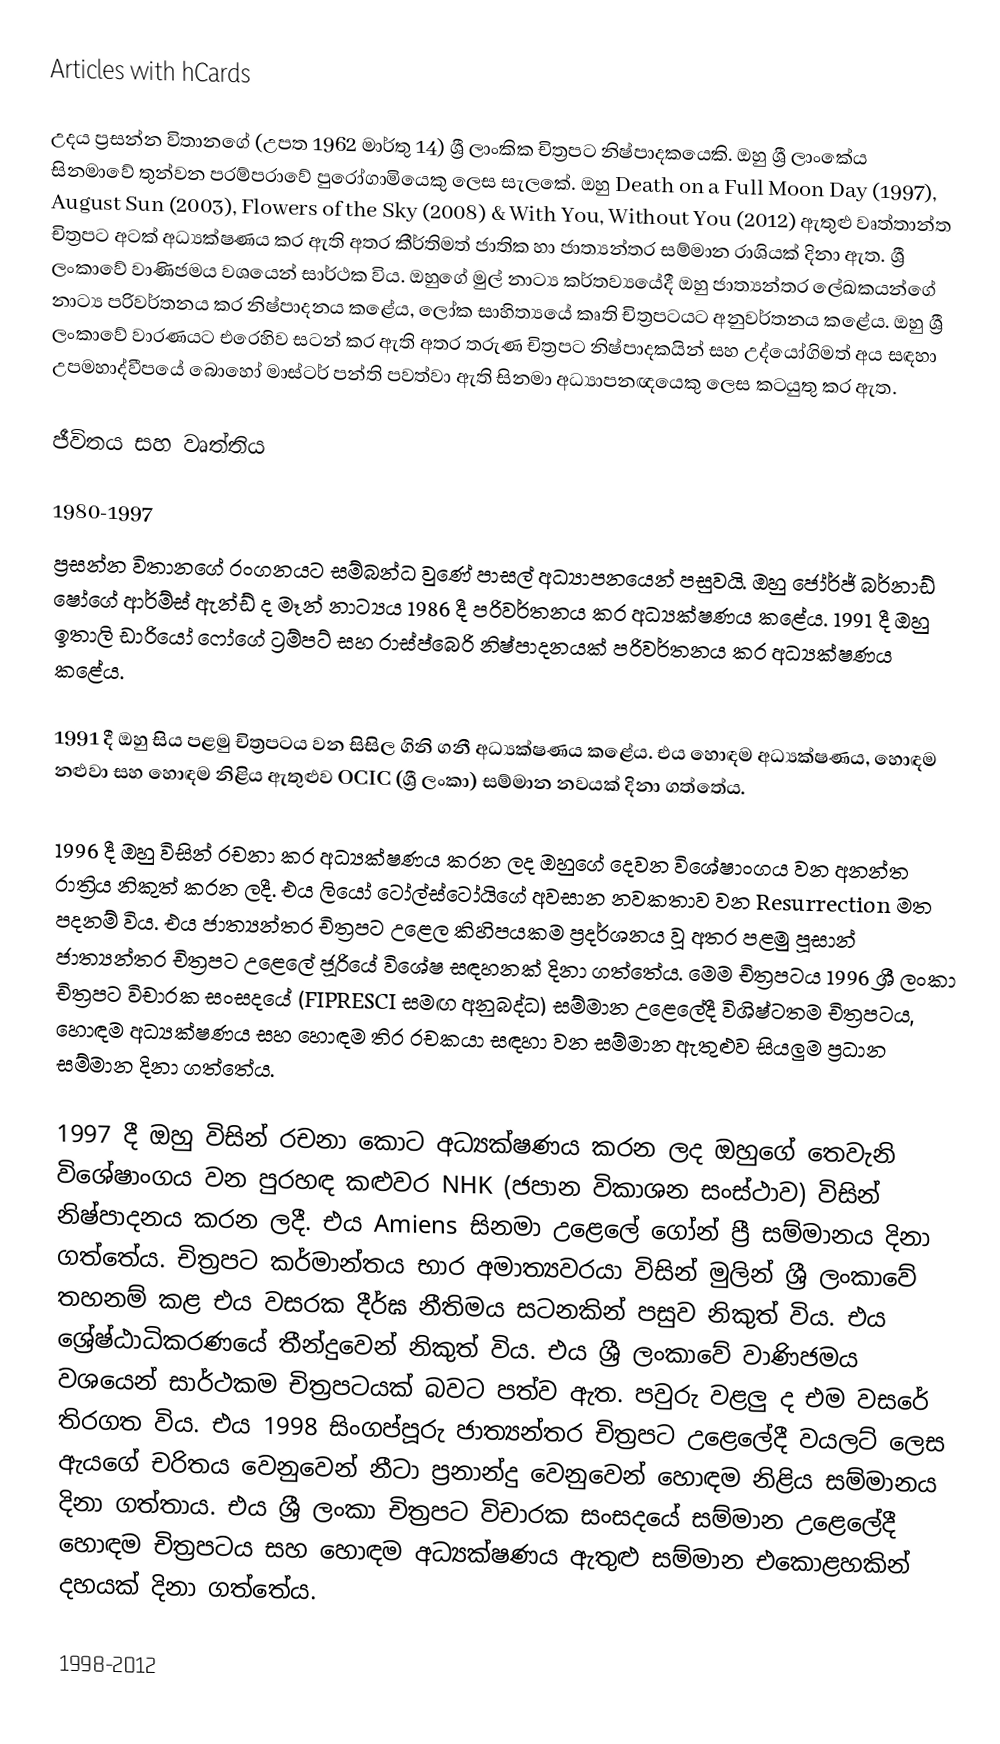
Articles with hCards

උදය ප්‍රසන්න විතානගේ (උපත 1962 මාර්තු 14) ශ්‍රී ලාංකික චිත්‍රපට නිෂ්පාදකයෙකි. ඔහු ශ්‍රී ලාංකේය සිනමාවේ තුන්වන පරම්පරාවේ පුරෝගාමියෙකු ලෙස සැලකේ. ඔහු Death on a Full Moon Day (1997), August Sun (2003), Flowers of the Sky (2008) & With You, Without You (2012) ඇතුළු වෘත්තාන්ත චිත්‍රපට අටක් අධ්‍යක්ෂණය කර ඇති අතර කීර්තිමත් ජාතික හා ජාත්‍යන්තර සම්මාන රාශියක් දිනා ඇත. ශ්‍රී ලංකාවේ වාණිජමය වශයෙන් සාර්ථක විය. ඔහුගේ මුල් නාට්‍ය කර්තව්‍යයේදී ඔහු ජාත්‍යන්තර ලේඛකයන්ගේ නාට්‍ය පරිවර්තනය කර නිෂ්පාදනය කළේය, ලෝක සාහිත්‍යයේ කෘති චිත්‍රපටයට අනුවර්තනය කළේය. ඔහු ශ්‍රී ලංකාවේ වාරණයට එරෙහිව සටන් කර ඇති අතර තරුණ චිත්‍රපට නිෂ්පාදකයින් සහ උද්යෝගිමත් අය සඳහා උපමහාද්වීපයේ බොහෝ මාස්ටර් පන්ති පවත්වා ඇති සිනමා අධ්‍යාපනඥයෙකු ලෙස කටයුතු කර ඇත.

ජීවිතය සහ වෘත්තිය

1980-1997
ප්‍රසන්න විතානගේ රංගනයට සම්බන්ධ වුණේ පාසල් අධ්‍යාපනයෙන් පසුවයි. ඔහු ජෝර්ජ් බර්නාඩ් ෂෝගේ ආර්ම්ස් ඇන්ඩ් ද මෑන් නාට්‍යය 1986 දී පරිවර්තනය කර අධ්‍යක්ෂණය කළේය. 1991 දී ඔහු ඉතාලි ඩාරියෝ ෆෝගේ ට්‍රම්පට් සහ රාස්ප්බෙරි නිෂ්පාදනයක් පරිවර්තනය කර අධ්‍යක්ෂණය කළේය.

1991 දී ඔහු සිය පළමු චිත්‍රපටය වන සිසිල ගිනි ගනී අධ්‍යක්ෂණය කළේය. එය හොඳම අධ්‍යක්ෂණය, හොඳම නළුවා සහ හොඳම නිළිය ඇතුළුව OCIC (ශ්‍රී ලංකා) සම්මාන නවයක් දිනා ගත්තේය.

1996 දී ඔහු විසින් රචනා කර අධ්‍යක්ෂණය කරන ලද ඔහුගේ දෙවන විශේෂාංගය වන අනන්ත රාත්‍රිය නිකුත් කරන ලදී. එය ලියෝ ටෝල්ස්ටෝයිගේ අවසාන නවකතාව වන Resurrection මත පදනම් විය. එය ජාත්‍යන්තර චිත්‍රපට උළෙල කිහිපයකම ප්‍රදර්ශනය වූ අතර පළමු පූසාන් ජාත්‍යන්තර චිත්‍රපට උළෙලේ ජූරියේ විශේෂ සඳහනක් දිනා ගත්තේය. මෙම චිත්‍රපටය 1996 ශ්‍රී ලංකා චිත්‍රපට විචාරක සංසදයේ (FIPRESCI සමඟ අනුබද්ධ) සම්මාන උළෙලේදී විශිෂ්ටතම චිත්‍රපටය, හොඳම අධ්‍යක්ෂණය සහ හොඳම තිර රචකයා සඳහා වන සම්මාන ඇතුළුව සියලුම ප්‍රධාන සම්මාන දිනා ගත්තේය.

1997 දී ඔහු විසින් රචනා කොට අධ්‍යක්ෂණය කරන ලද ඔහුගේ තෙවැනි විශේෂාංගය වන පුරහඳ කළුවර NHK (ජපාන විකාශන සංස්ථාව) විසින් නිෂ්පාදනය කරන ලදී. එය Amiens සිනමා උළෙලේ ගෝන් ප්‍රී සම්මානය දිනා ගත්තේය. චිත්‍රපට කර්මාන්තය භාර අමාත්‍යවරයා විසින් මුලින් ශ්‍රී ලංකාවේ තහනම් කළ එය වසරක දීර්ඝ නීතිමය සටනකින් පසුව නිකුත් විය. එය ශ්‍රේෂ්ඨාධිකරණයේ තීන්දුවෙන් නිකුත් විය. එය ශ්‍රී ලංකාවේ වාණිජමය වශයෙන් සාර්ථකම චිත්‍රපටයක් බවට පත්ව ඇත. පවුරු වළලු ද එම වසරේ තිරගත විය. එය 1998 සිංගප්පූරු ජාත්‍යන්තර චිත්‍රපට උළෙලේදී වයලට් ලෙස ඇයගේ චරිතය වෙනුවෙන් නීටා ප්‍රනාන්දු වෙනුවෙන් හොඳම නිළිය සම්මානය දිනා ගත්තාය. එය ශ්‍රී ලංකා චිත්‍රපට විචාරක සංසදයේ සම්මාන උළෙලේදී හොඳම චිත්‍රපටය සහ හොඳම අධ්‍යක්ෂණය ඇතුළු සම්මාන එකොළහකින් දහයක් දිනා ගත්තේය.

1998-2012